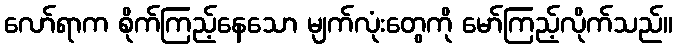
လော်ရာက စိုက်ကြည့်နေသော မျက်လုံးတွေကို မော်ကြည့်လိုက်သည်။